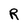
Character: R